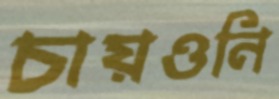
চায়ওনি